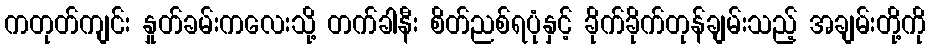
ကတုတ်ကျင်း နှုတ်ခမ်းကလေးသို့ တက်ခါနီး စိတ်ညစ်ရပုံနှင့် ခိုက်ခိုက်တုန်ချမ်းသည့် အချမ်းတို့ကို